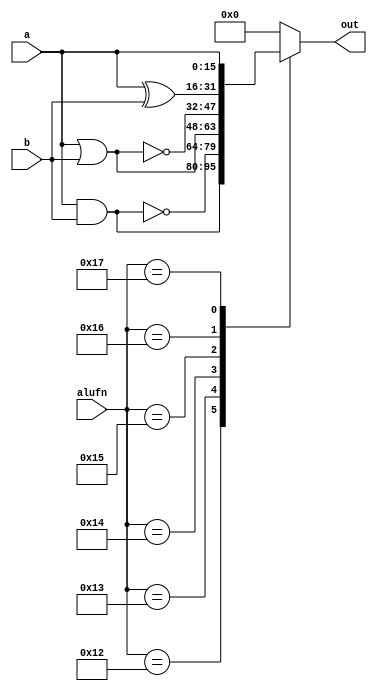
/*
   This file was generated automatically by the Mojo IDE version B1.3.6.
   Do not edit this file directly. Instead edit the original Lucid source.
   This is a temporary file and any changes made to it will be destroyed.
*/

module boole16_12 (
    input [15:0] a,
    input [15:0] b,
    input [4:0] alufn,
    output reg [15:0] out
  );
  
  
  
  always @* begin
    out = 1'h0;
    
    case (alufn)
      5'h12: begin
        out = a & b;
      end
      5'h13: begin
        out = ~(a & b);
      end
      5'h14: begin
        out = a | b;
      end
      5'h15: begin
        out = ~(a | b);
      end
      5'h16: begin
        out = a ^ b;
      end
      5'h17: begin
        out = a;
      end
    endcase
  end
endmodule